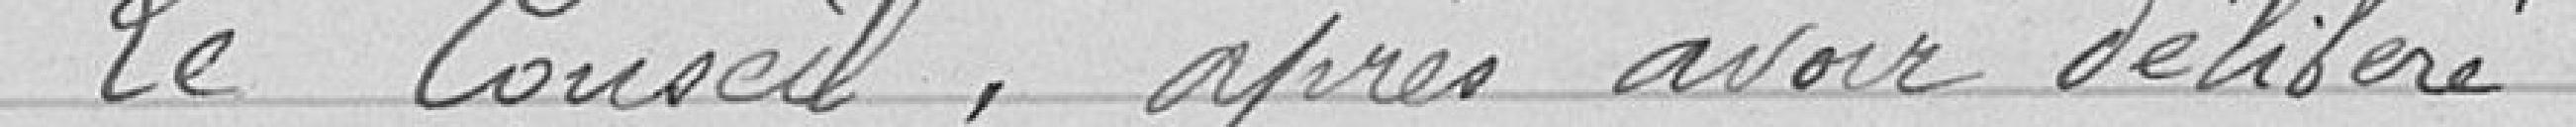
Le Conseil, après avoir délibéré,